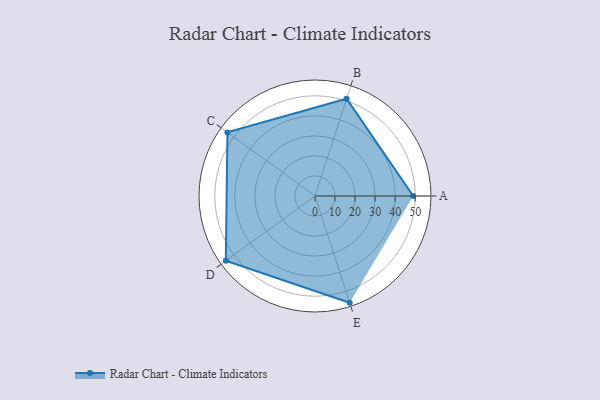
{"axis": {"x": "Skill", "y": "Score"}, "legend": ["Profile"], "data": [{"x": "A", "y": 49.0, "type": "Profile"}, {"x": "B", "y": 51.0, "type": "Profile"}, {"x": "C", "y": 54.0, "type": "Profile"}, {"x": "D", "y": 55.0, "type": "Profile"}, {"x": "E", "y": 56.0, "type": "Profile"}]}